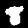
Digit: 8